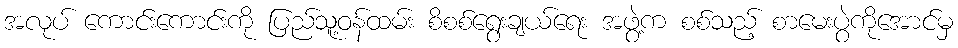
အလုပ် ကောင်းကောင်းကို ပြည်သူ့ဝန်ထမ်း စိစစ်ရွေးချယ်ရေး အဖွဲ့က စစ်သည့် စာမေးပွဲကိုအောင်မှ